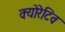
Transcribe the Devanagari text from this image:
क्योरेटिव